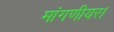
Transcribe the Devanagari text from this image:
मांगणीयर।